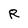
Character: R